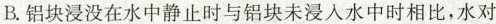
B. 铝块浸没在水中静止时与铝块未浸入水中时相比，水对